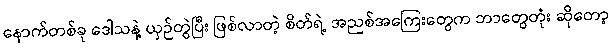
နောက်တစ်ခု ဒေါသနဲ့ ယှဉ်တွဲပြီး ဖြစ်လာတဲ့ စိတ်ရဲ့ အညစ်အကြေးတွေက ဘာတွေတုံး ဆိုတော့